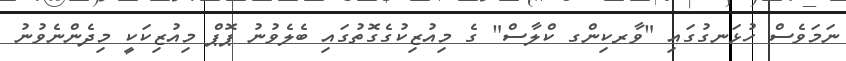
ނަމަވެސް ހުޅަނގުގައި "ވާރކިންގ ކްލާސް" ގެ މިއުޒިކުގެގޮތުގައި ބެލެވުނު ޕޮޕް މިއުޒިކަކީ މިދެންނެވުނު